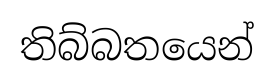
තිබ්බතයෙන්